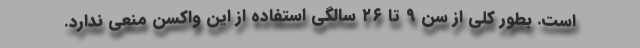
است. بطور کلی از سن ۹ تا ۲۶ سالگی استفاده از این واکسن منعی ندارد.